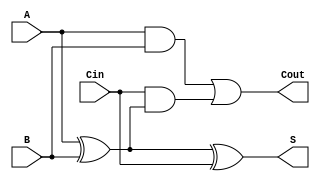
module LowPowerFullAdder (
    input wire A,     // First input bit
    input wire B,     // Second input bit
    input wire Cin,   // Carry-in bit
    output wire S,    // Sum output
    output wire Cout   // Carry-out output
);

// Logic for Sum (S) and Carry-out (Cout)
assign S = A ^ B ^ Cin;        // Sum calculation using XOR
assign Cout = (A & B) | (Cin & (A ^ B)); // Carry-out calculation using AND and OR

endmodule